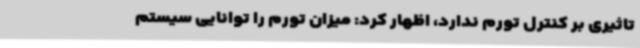
تاثیری بر کنترل تورم ندارد، اظهار کرد: میزان تورم را توانایی سیستم